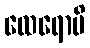
ထေရောပိ